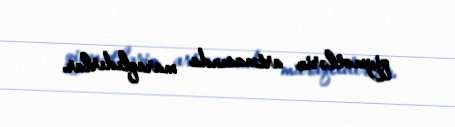
qiymətlərin artmasında maraqlıdırlar.